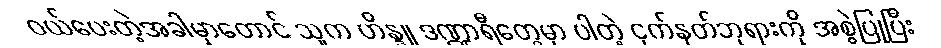
ဝယ်ပေးတဲ့အခါမှာတောင် သူက ဟိန္ဒူ ဒဏ္ဍာရီတွေမှာ ပါတဲ့ ငှက်နတ်ဘုရားကို အစွဲပြုပြီး